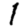
Digit: 1